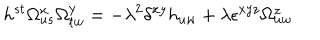
LaTeX: h ^ { s t } \Omega _ { u s } ^ { x } \Omega _ { t w } ^ { y } = - \lambda ^ { 2 } \delta ^ { x y } h _ { u w } + \lambda \epsilon ^ { x y z } \Omega _ { u w } ^ { z }